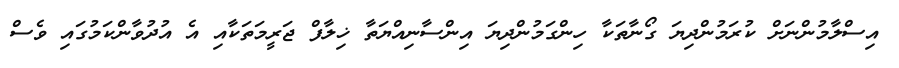
އިސްލާމުންނަށް ކުރަމުންދިޔަ ގޯނާތަކާ ހިންގަމުންދިޔަ އިންސާނިއްޔަތާ ޚިލާފް ޖަރީމަތަކާއި އެ އުދުވާންކަމުގައި ވެސް